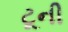
ટૂની